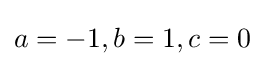
a=-1,b=1,c=0